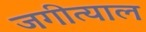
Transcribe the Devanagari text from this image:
जगीत्याल